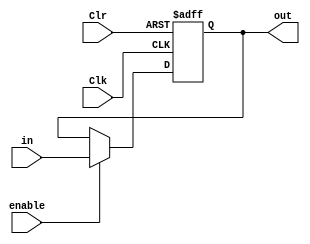
module PSR_register_32 (output reg [31:0] out, input wire [31:0] in, input wire enable, Clr, Clk);
always @ (posedge Clk, posedge Clr)
	if (Clr) out <= 32'h00000023; // Restore CWP and ET to default
	else if (enable) out <= in; 
endmodule